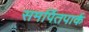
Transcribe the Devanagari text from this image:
समर्पितपार्क